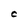
Character: c